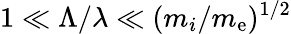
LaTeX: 1\ll\Lambda/\lambda\ll(m_{i}/m_{\mathrm{e}})^{1/2}